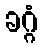
ခဂ္ဂံ